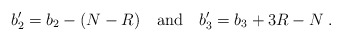
\begin{align*}b_2'= b_2 - (N-R)\quad \mbox{and} \quad b_3'=b_3 +3R-N\; .\end{align*}